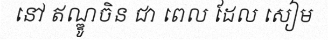
នៅ ឥណ្ឌូចិន ជា ពេល ដែល សៀម